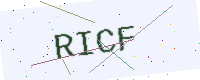
Text: RICF